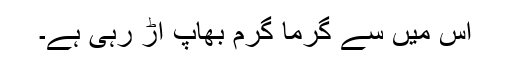
اُس میں سے گرما گرم بھاپ اڑ رہی ہے۔